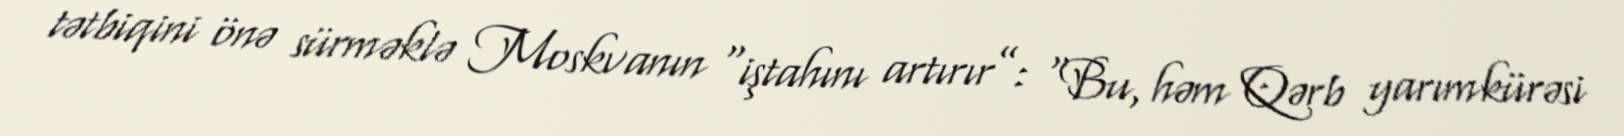
tətbiqini önə sürməklə Moskvanın “iştahını artırır”: “Bu, həm Qərb yarımkürəsi